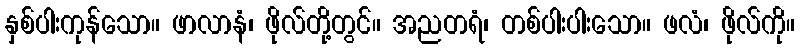
နှစ်ပါးကုန်သော။ ဖာလာနံ၊ ဖိုလ်တို့တွင်။ အညတရံ၊ တစ်ပါးပါးသော။ ဖလံ၊ ဖိုလ်ကို။